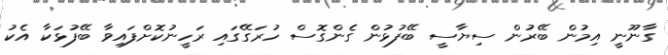
ގާނޫނީ އިމުން ބޭރުން ސިޔާސީ ބޭފުޅުން ގެންގޮސް ހުރަގޭގައި ރަހީނުކޮށްފައިވާ ބޭފުޅަކާ އެކު